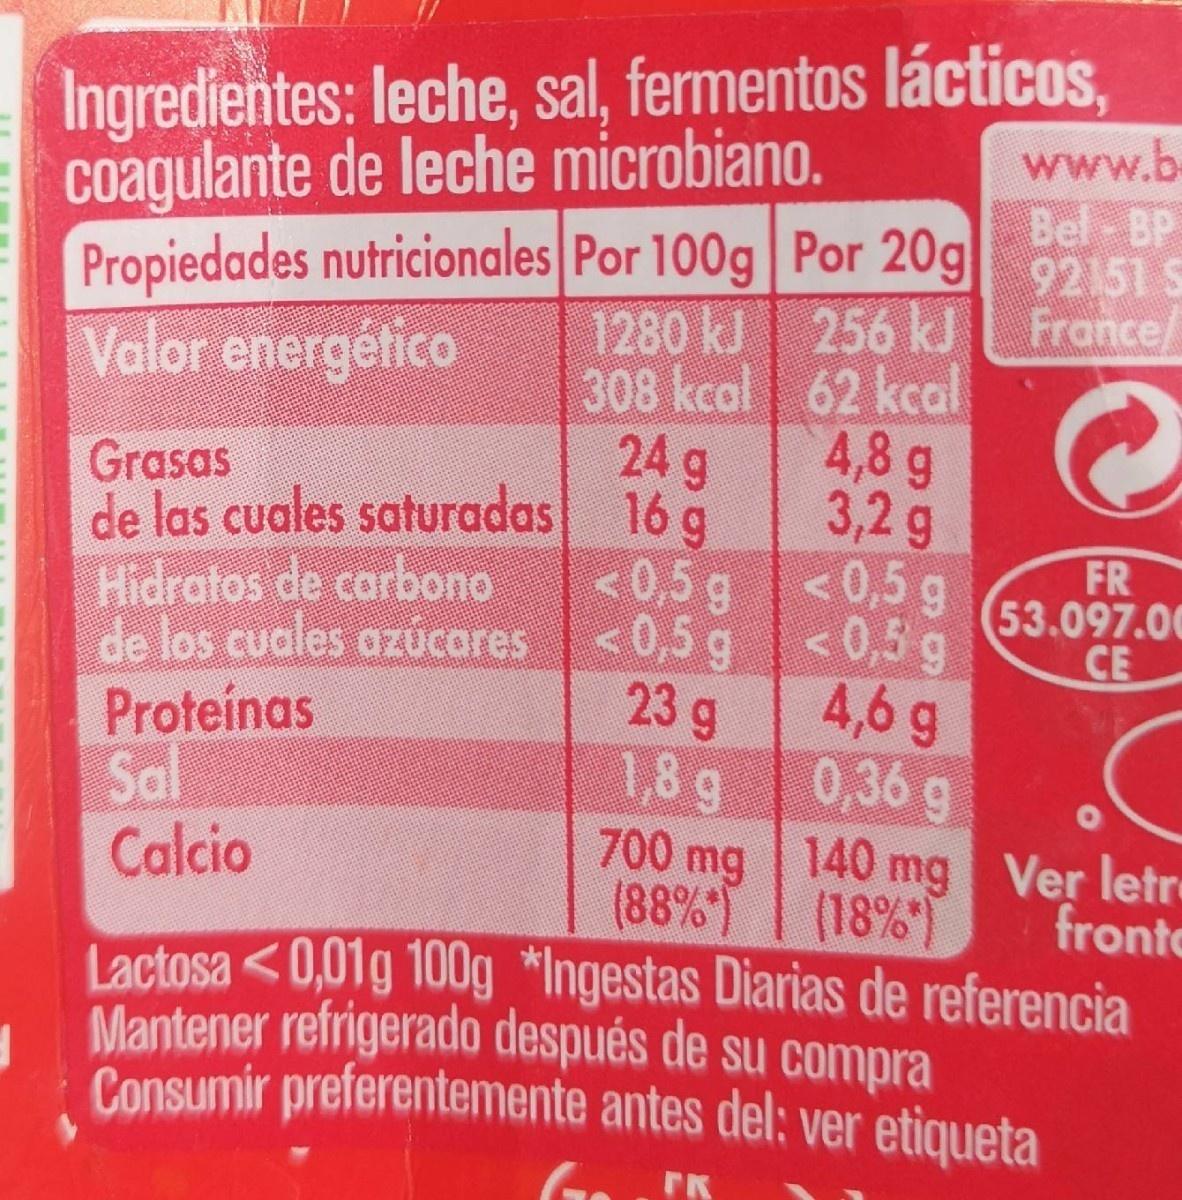
Ingredientes: leche, sal, fermentos lácticos,
www.b
coagulante de leche microbiano.
Bel-BP 92151 S 256 kJ France/
Propiedades nutricionales Por 100g| Por 20g| 92151S 1280kJ 308 kcal 62 kcal 24 g
Valor energético
Grasas de las cuales saturadas 16 g Hidratos de carbono
4,8 g 3,2 g
FR 53.097.00 CE
< 0,5 g<0,5 g de los cuales azúcares <0,5 g<0,5 g 23g 1,8 g
Proteinas Sal Calcio
4,6 g 0,36 g 700 mg 140 mg Ver letre (18%)
(88%) Lactosa<0,01g 100g *Ingestas Diarias de referencia Mantener refrigerado después de su compra Consumir preferentemente antes del; ver etiqueta
fronto
FK